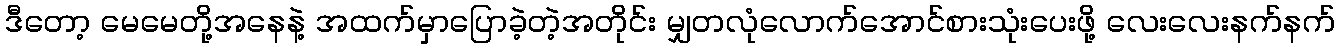
ဒီတော့ မေမေတို့အနေနဲ့ အထက်မှာပြောခဲ့တဲ့အတိုင်း မျှတလုံလောက်အောင်စားသုံးပေးဖို့ လေးလေးနက်နက်